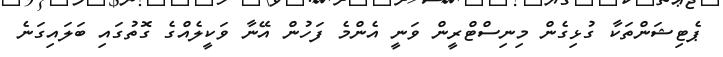
ޕެޓިޝަންތަކާ ގުޅިގެން މިނިސްޓްރީން ވަނީ އެންމެ ފަހުން އޭނާ ވަކީލެއްގެ ގޮތުގައި ބަލައިގަނެ